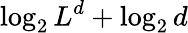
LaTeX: \log_{2}{L^{d}}+\log_{2}{d}